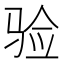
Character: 验